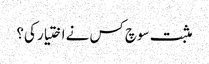
مثبت سوچ کس نے اختیار کی؟